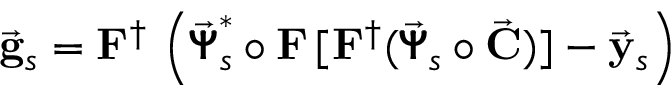
\vec { \bf g } _ { s } = { \bf F } ^ { \dagger } \, \left( \vec { \pmb { { \Psi } } } _ { s } ^ { * } \circ { \bf F } \, [ { \bf F } ^ { \dagger } ( \vec { \pmb { { \Psi } } } _ { s } \circ \vec { \bf C } ) ] - \vec { \bf y } _ { s } \right)